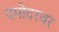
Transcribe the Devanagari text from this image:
दमोदरवर